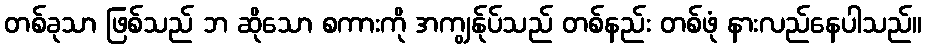
တစ်ခုသာ ဖြစ်သည် ဘ ဆိုသော စကားကို အကျွန်ုပ်သည် တစ်နည်း တစ်ဖုံ နားလည်နေပါသည်။